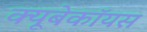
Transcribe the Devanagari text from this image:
क्यूबेकॉयस